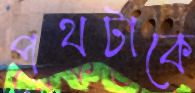
পথটাকে